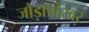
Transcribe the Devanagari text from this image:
जोड़ापोखर